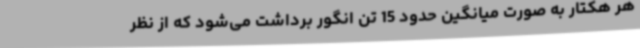
هر هکتار به صورت میانگین حدود 15 تن انگور برداشت می‌شود که از نظر